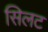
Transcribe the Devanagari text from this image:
सिलट